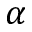
\boldsymbol { \alpha }